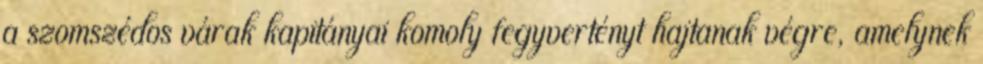
a szomszédos várak kapitányai komoly fegyvertényt hajtanak végre, amelynek